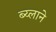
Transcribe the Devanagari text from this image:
ब्य्लाने